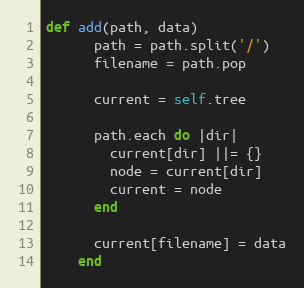
Language: Ruby
def add(path, data)
      path = path.split('/')
      filename = path.pop

      current = self.tree

      path.each do |dir|
        current[dir] ||= {}
        node = current[dir]
        current = node
      end

      current[filename] = data
    end